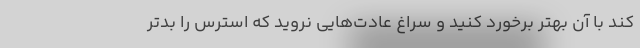
کند با آن بهتر برخورد کنید و سراغ عادت‌هایی نروید که استرس را بدتر